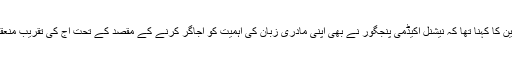
مقررین کا کہنا تھا کہ نیشنل اکیڈمی پنجگور نے بھی اپنی مادری زبان کی اہمیت کو اجاگر کرنے کے مقصد کے تحت آج کی تقریب منعقد کی۔